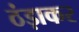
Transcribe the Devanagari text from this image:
ठंड़ाकर